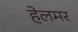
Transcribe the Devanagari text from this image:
हेलमर